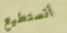
أتستطيع